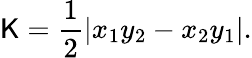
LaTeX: \mathsf{K}={\frac{{1}}{{2}}}|x_{1}y_{2}-x_{2}y_{1}|.